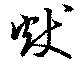
献